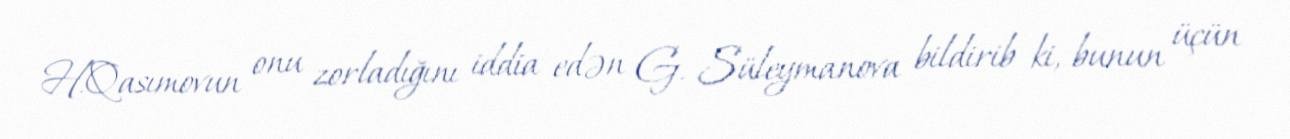
H.Qasımovun onu zorladığını iddia edən G. Süleymanova bildirib ki, bunun üçün